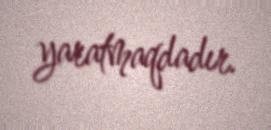
yaratmaqdadır.